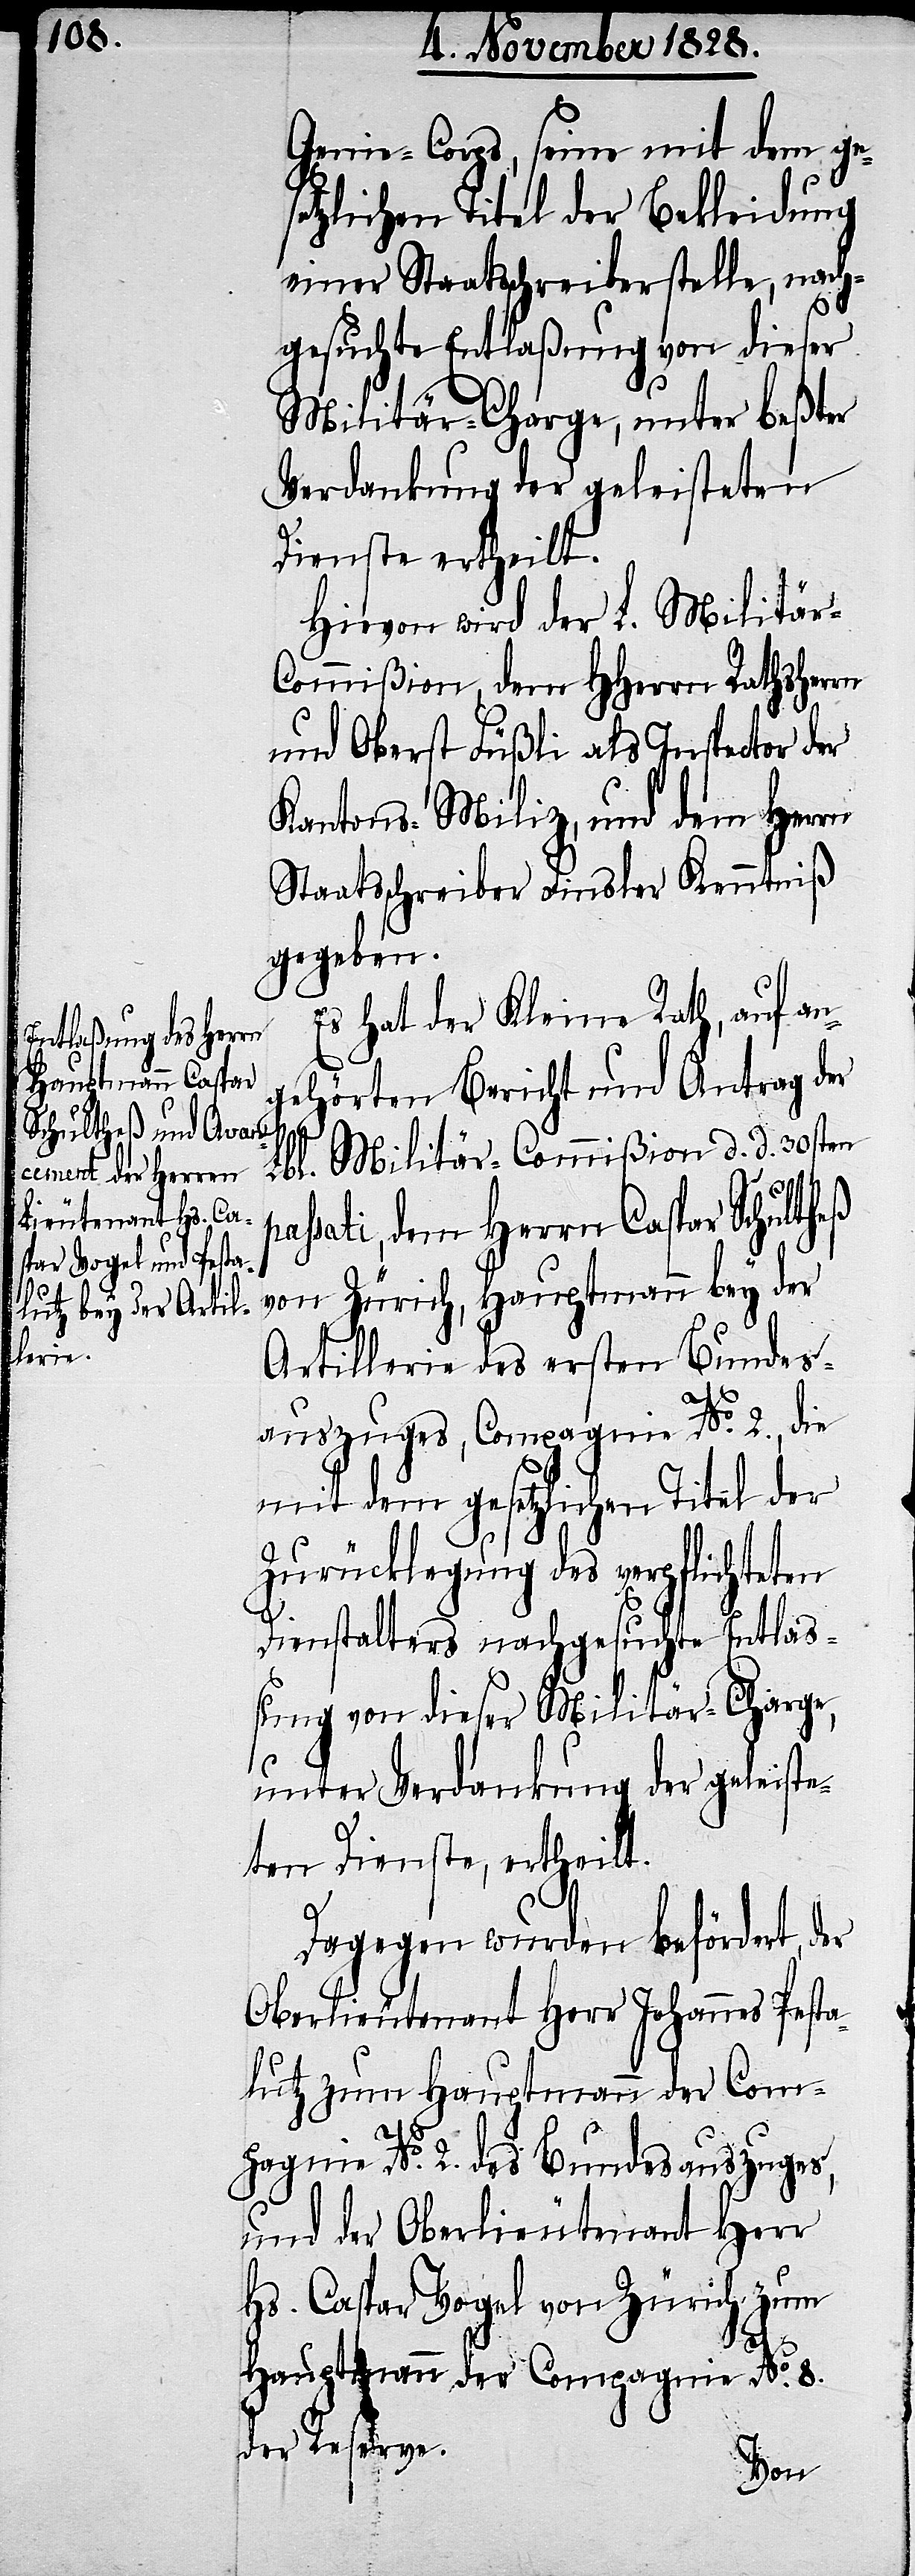
Genie-Corps, seine mit dem ge¬
setzlichen Titel der Bekleidung
einer Staatsschreiberstelle, nach¬
gesuchte Entlaßung von dieser
Militär-Charge, unter beßter
Verdankung der geleisteten
Dienste ertheilt.
Hievon wird der L. Militä¬
r-Commißion, dem HHerrn Rathsherrn
und Oberst Füßli als Inspector der
Kantons-Miliz, und dem Herrn
Staatsschreiber Finsler Kenntniß
gegeben.
Es hat der Kleine Rath, auf an¬
gehörten Bericht und Antrag der
Lbl. Militär-Commißion d. d. 30sten
p¬
assati, dem Herrn Caspar Schultheß
von Zürich, Hauptmann bey der
Artillerie des ersten Bundes¬
auszuges, Compagnie No. 2., die
mit dem gesetzlichen Titel der
Zurücklegung des verpflichteten
Dienstalters nachgesuchte Entlaß¬
ung von dieser Militär-Charge,
unter Verdankung der geleiste¬
ten Dienste, ertheilt.
Dagegen wurden befördert, der
Oberlieutenant Herr Johannes Pesta¬
lutz zum Hauptmann der Com¬
pagnie No. 2. des Bundesauszuges,
und der Oberlieutenant Herr
Hs. Caspar Vogel von Zürich zum
Hauptmann der Compagnie No. 8.
der Reserve.